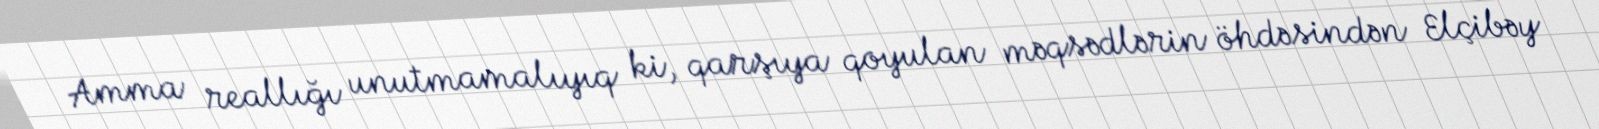
Amma reallığı unutmamalıyıq ki, qarşıya qoyulan məqsədlərin öhdəsindən Elçibəy